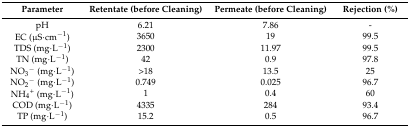
| Parameter | Retentate (before Cleaning) | Permeate (before Cleaning) | Rejection (%) |
 | --- | --- | --- | --- |
 | pH | 6.21 | 7.86 | - |
 | EC (μS·cm−1) | 3650 | 19 | 99.5 |
 | TDS (mg·L−1) | 2300 | 11.97 | 99.5 |
 | TN (mg·L−1) | 42 | 0.9 | 97.8 |
 | NO3− (mg·L−1) | >18 | 13.5 | 25 |
 | NO2− (mg·L−1) | 0.749 | 0.025 | 96.7 |
 | NH4+ (mg·L−1) | 1 | 0.4 | 60 |
 | COD (mg·L−1) | 4335 | 284 | 93.4 |
 | TP (mg·L−1) | 15.2 | 0.5 | 96.7 |